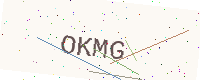
Text: OKMG